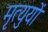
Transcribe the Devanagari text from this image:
मृत्युयों